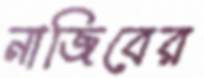
নাজিবের